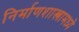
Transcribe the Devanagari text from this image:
निर्माणशास्त्रामध्ये